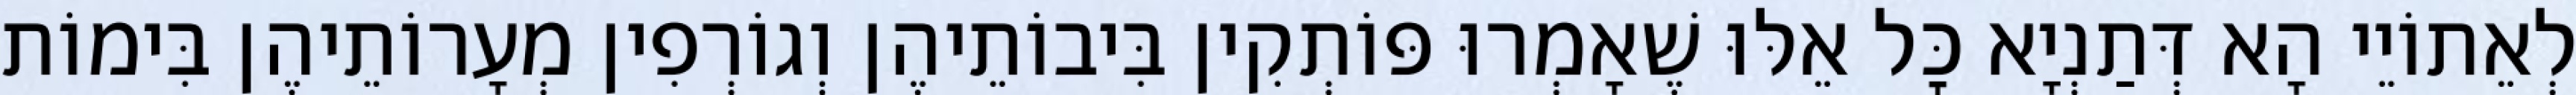
לְאֵתוֹיֵי הָא דְּתַנְיָא כׇּל אֵלּוּ שֶׁאָמְרוּ פּוֹתְקִין בִּיבוֹתֵיהֶן וְגוֹרְפִין מְעָרוֹתֵיהֶן בִּימוֹת